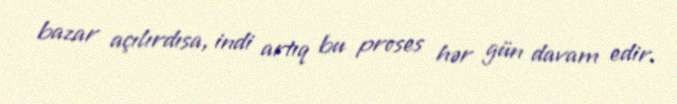
bazar açılırdısa, indi artıq bu proses hər gün davam edir.